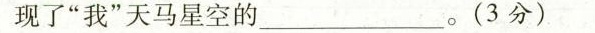
现了”我”天马星空的___。(3分)